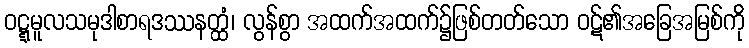
ဝဋ္ဋမူလသမုဒါစာရဒဿနတ္ထံ၊ လွန်စွာ အထက်အထက်၌ဖြစ်တတ်သော ဝဋ်၏အခြေအမြစ်ကို